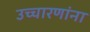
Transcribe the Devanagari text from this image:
उच्चारणांना